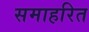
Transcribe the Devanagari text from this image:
समाहरित